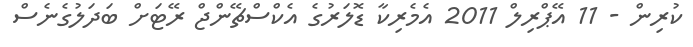
ކުރިން - 11 އޭޕްރިލް 2011 އެމެރިކާ ޑޮލަރުގެ އެކްސްޗޭންޖް ރޭޓަށް ބަދަލުގެނެސް